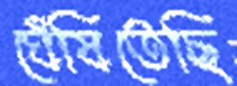
ঘেঁষিতেছি